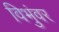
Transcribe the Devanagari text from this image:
विभुंवर